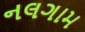
નલગામ